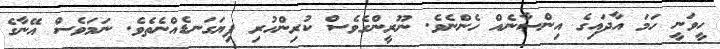
ހީވަނީ ހަމަ އާދައިގެ އިންސާނެއް ހެންނެވެ. ނޫރީންގެވެސް ކުރިންހުރި ފިޔަގަނޑެއްނެތެވެ. ނަމަވެސް އޭނާގެ